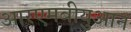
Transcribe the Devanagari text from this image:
आरएमबीयुआन